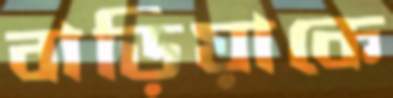
বাড়িয়াকে